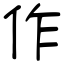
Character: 作